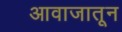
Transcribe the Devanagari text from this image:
आवाजातून